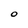
Character: O